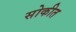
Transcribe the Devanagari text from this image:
सोकीत